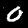
Digit: 0